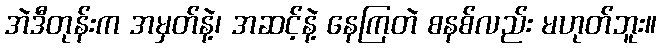
အဲဒီတုန်းက အမှတ်နဲ့၊ အဆင့်နဲ့ နေကြတဲ စနစ်လည်း မဟုတ်ဘူး။